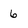
Character: 6